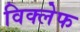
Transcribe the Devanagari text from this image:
विक्लेफ